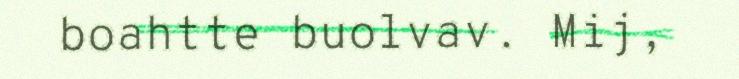
boahtte buolvav. Mij,